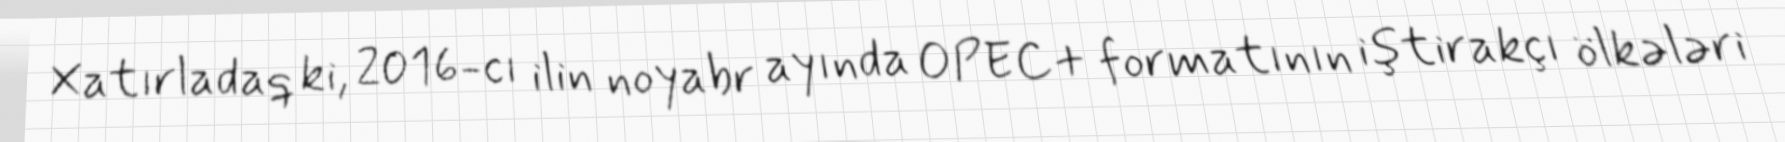
Xatırladaq ki, 2016-cı ilin noyabr ayında OPEC+ formatının iştirakçı ölkələri